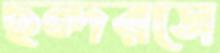
ছন্দরসে